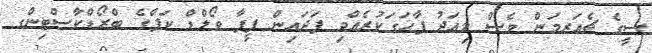
ސީގެ ޗެއަރމަން ވެސް މިއަދު ފާހަގަކުރެއްވި ފަދައިން ފީފާ ވޯލްޑް ކަޕްގެ ބްރޯޑްކާސްޓިންގ